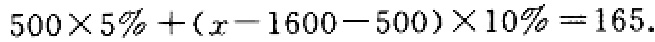
$500\times 5\%+(x - 1600 - 500)\times 10\% = 165.$